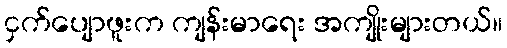
ငှက်ပျောဖူးက ကျန်းမာရေး အကျိုးများတယ်။